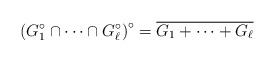
LaTeX: \begin{align*}\left(G_1^\circ \cap \dots \cap G_{\ell}^\circ\right)^\circ= \overline{G_1 + \dots + G_{\ell}}\end{align*}